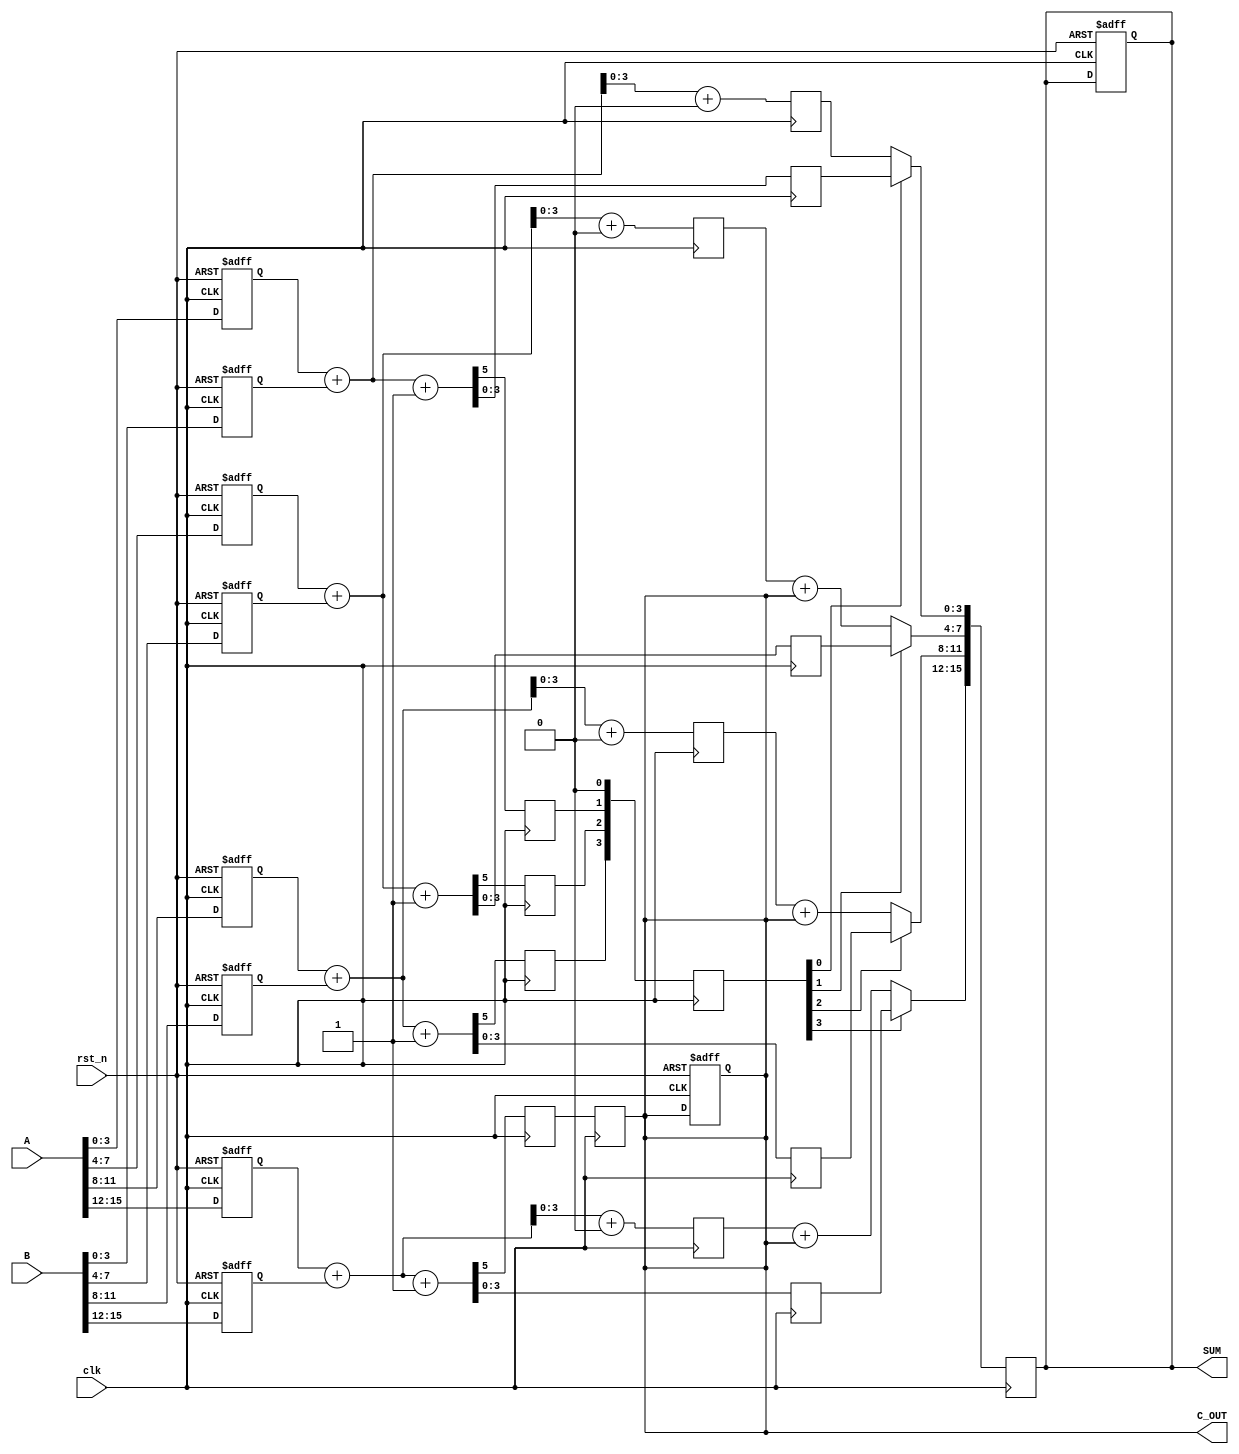
module PipelinedCSLA(
    input clk,
    input rst_n,
    input [15:0] A,
    input [15:0] B,
    output reg [15:0] SUM,
    output reg C_OUT
);
    // Intermediate signals
    reg [3:0] A_seg[3:0];
    reg [3:0] B_seg[3:0];
    reg C_in[3:0];
    reg [4:0] S0[3:0]; // Sum with carry-in = 0
    reg [4:0] S1[3:0]; // Sum with carry-in = 1
    reg C_out[3:0];     // Carry-out for each segment
    reg [3:0] S_sel;    // Select signal for sums

    // Segmenting inputs
    always @(posedge clk or negedge rst_n) begin
        if (!rst_n) begin
            A_seg[0] <= 4'b0; A_seg[1] <= 4'b0; A_seg[2] <= 4'b0; A_seg[3] <= 4'b0;
            B_seg[0] <= 4'b0; B_seg[1] <= 4'b0; B_seg[2] <= 4'b0; B_seg[3] <= 4'b0;
            C_OUT <= 1'b0;
            SUM <= 16'b0;
        end else begin
            A_seg[0] <= A[3:0];   A_seg[1] <= A[7:4];   A_seg[2] <= A[11:8];   A_seg[3] <= A[15:12];
            B_seg[0] <= B[3:0];   B_seg[1] <= B[7:4];   B_seg[2] <= B[11:8];   B_seg[3] <= B[15:12];
            C_in[0] <= 1'b0; // Initial carry-in for the first segment
        end
    end

    // Compute sums for each segment assuming carry-in = 0 and 1
    genvar i;
    generate
        for (i = 0; i < 4; i = i + 1) begin : compute_segments
            always @(posedge clk) begin
                {C_out[i], S0[i]} <= A_seg[i] + B_seg[i] + 1'b0; // Assume carry-in = 0
                {C_out[i], S1[i]} <= A_seg[i] + B_seg[i] + 1'b1; // Assume carry-in = 1
            end
        end
    endgenerate

    // Carry selection and final sum computation
    always @(posedge clk) begin
        S_sel <= {C_out[2], C_out[1], C_out[0], 1'b0}; // Select control based on carry from previous segment
        
        // Compute final sum and carry-out based on selection
        SUM[3:0]    <= (S_sel[0]) ? S1[0][3:0] : S0[0][3:0];
        C_OUT <= (S_sel[0]) ? C_out[0] : C_out[0]; // Carry-out remains the same for first segment

        SUM[7:4]    <= (S_sel[1]) ? S1[1][3:0] : S0[1][3:0] + C_OUT;
        C_OUT <= (S_sel[1]) ? C_out[1] : C_OUT; // Update carry-out for second segment
        
        SUM[11:8]   <= (S_sel[2]) ? S1[2][3:0] : S0[2][3:0] + C_OUT;
        C_OUT <= (S_sel[2]) ? C_out[2] : C_OUT; // Update carry-out for third segment
        
        SUM[15:12]  <= (S_sel[3]) ? S1[3][3:0] : S0[3][3:0] + C_OUT;
        C_OUT <= C_out[3]; // Final carry-out from the last segment
    end
endmodule